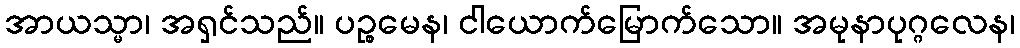
အာယသ္မာ၊ အရှင်သည်။ ပဉ္စမေန၊ ငါယောက်မြောက်သော။ အမုနာပုဂ္ဂလေန၊